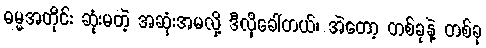
ဓမ္မအတိုင်း ဆုံးမတဲ့ အဆုံးအမလို့ ဒီလိုခေါ်တယ်၊ အဲတော့ တစ်ခုနဲ့ တစ်ခု